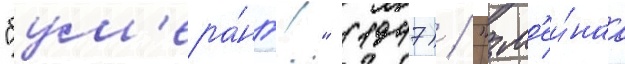
"бум'ера́нг!" (1947) / "зм'еи́наа